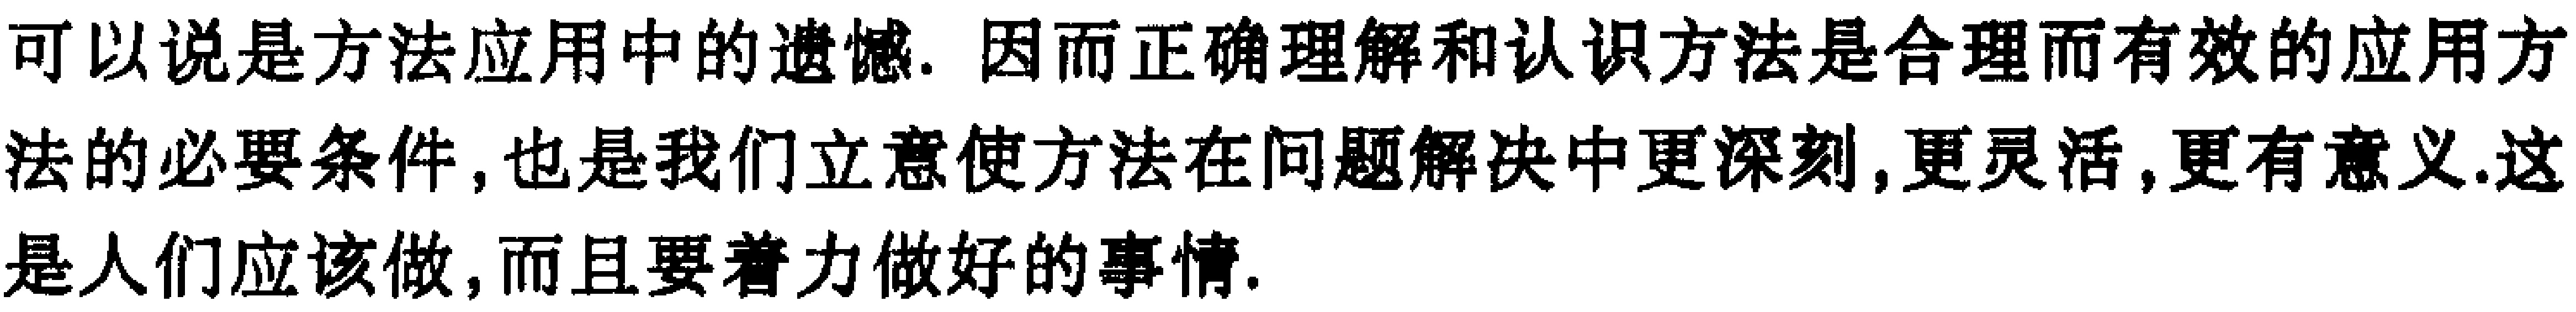
可以说是方法应用中的遗憾. 因而正确理解和认识方法是合理而有效的应用方法的必要条件, 也是我们立意使方法在问题解决中更深刻, 更灵活, 更有意义.这是人们应该做, 而且要着力做好的事情.